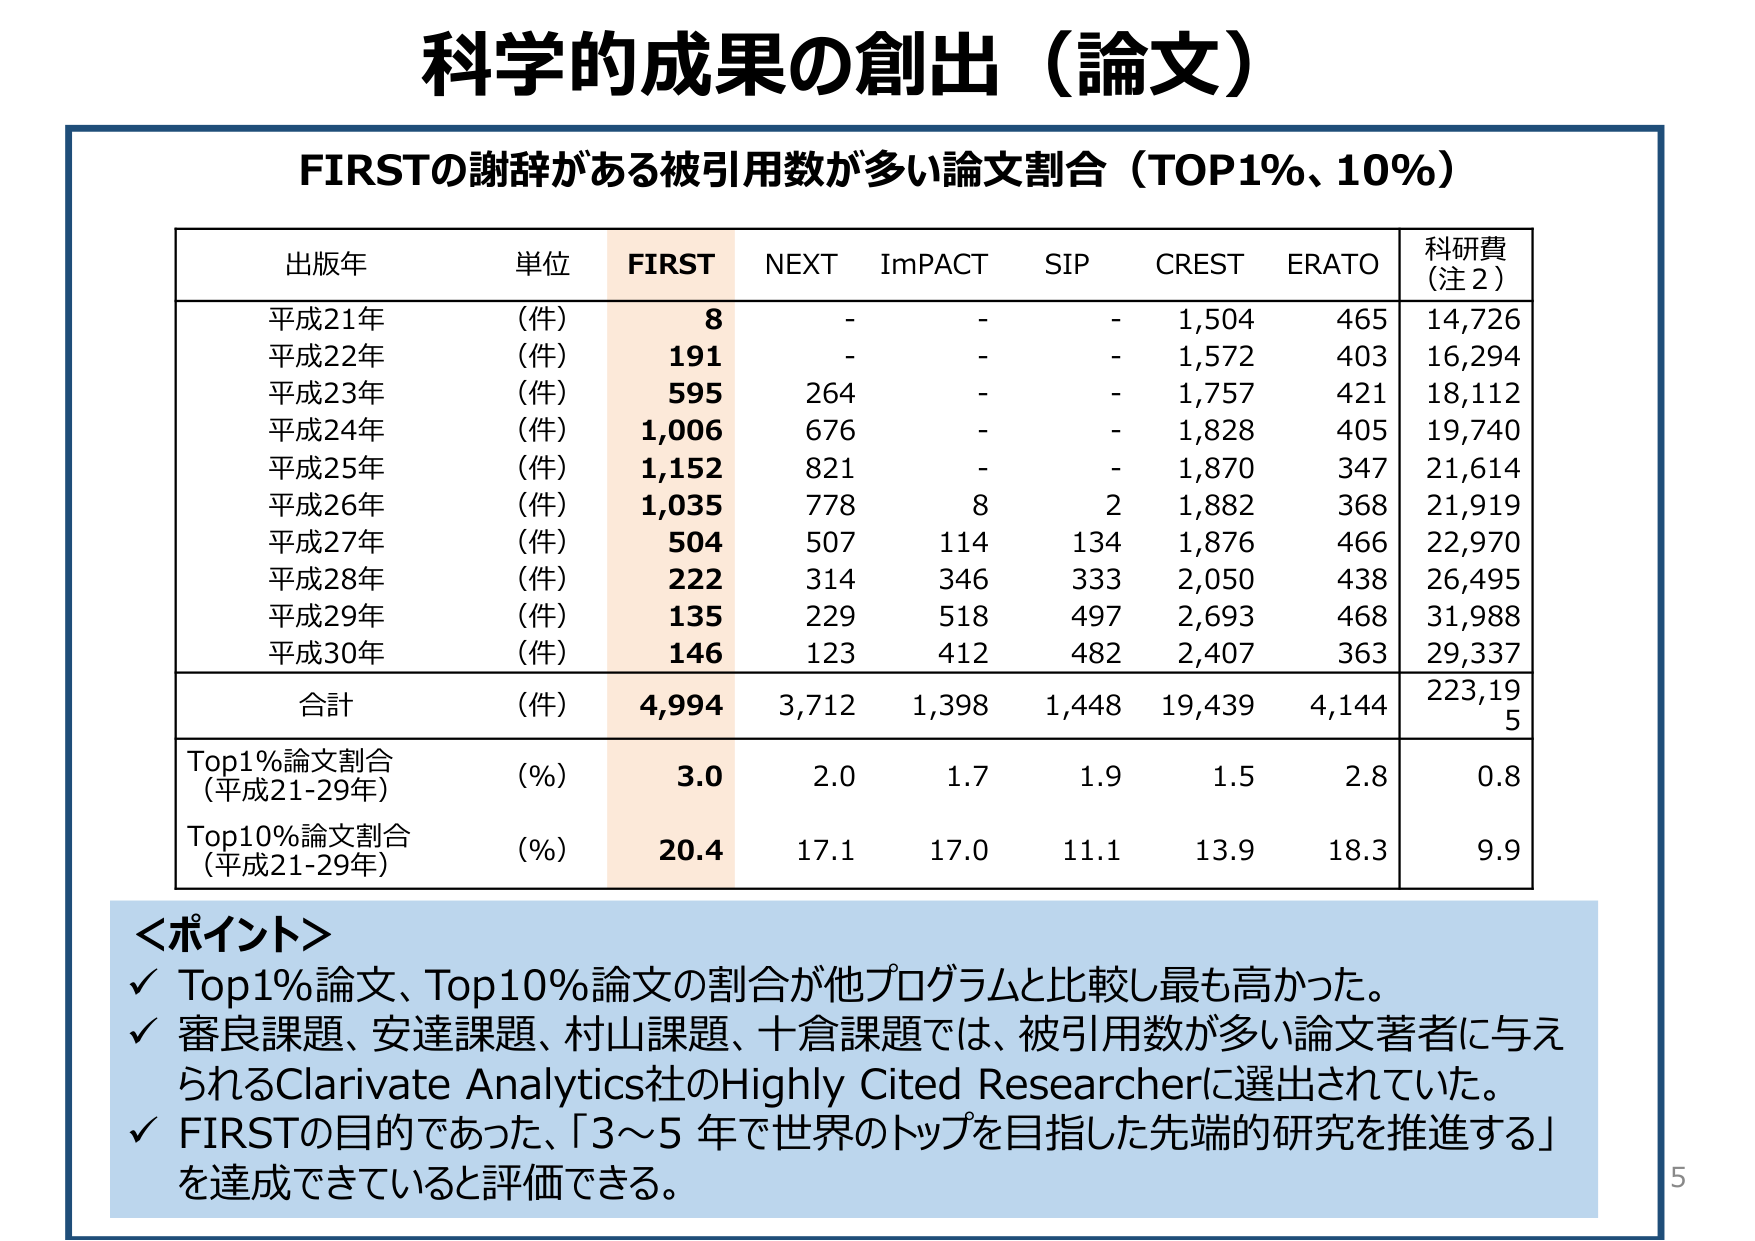
科学的成果の創出（論文）

FIRSTの謝辞がある被引用数が多い論文割合（TOP1%、10%）

出版年 単位 FIRST NEXT ImPACT SIP CREST ERATO 科研費（注2）
平成21年 （件） 8 - - - 1,504 465 14,726
平成22年 （件） 191 - - - 1,572 403 16,294
平成23年 （件） 595 264 - - 1,757 421 18,112
平成24年 （件） 1,006 676 - - 1,828 405 19,740
平成25年 （件） 1,152 821 - - 1,870 347 21,614
平成26年 （件） 1,035 778 8 2 1,882 368 21,919
平成27年 （件） 504 507 114 134 1,876 466 22,970
平成28年 （件） 222 314 346 333 2,050 438 26,495
平成29年 （件） 135 229 518 497 2,693 468 31,988
平成30年 （件） 146 123 412 482 2,407 363 29,337
合計 （件） 4,994 3,712 1,398 1,448 19,439 4,144 223,195
Top1%論文割合（平成21-29年） （%） 3.0 2.0 1.7 1.9 1.5 2.8 0.8
Top10%論文割合（平成21-29年） （%） 20.4 17.1 17.0 11.1 13.9 18.3 9.9

＜ポイント＞
✓ Top1%論文、Top10%論文の割合が他プログラムと比較し最も高かった。
✓ 審良課題、安達課題、村山課題、十倉課題では、被引用数が多い論文著者に与えられるClarivate Analytics社のHighly Cited Researcherに選出されていた。
✓ FIRSTの目的であった、「3～5 年で世界のトップを目指した先端的研究を推進する」を達成できていると評価できる。

5